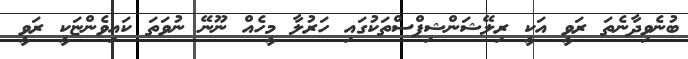
ބުނެވިދާނެތަ ރަވީ އަކީ ރިލޭޝަންޝިޕްސްތަކުގައި ހަރުލާ މީހެއް ނޫނޭ ނުވަތަ ކައިވެންޏަކީ ރަވީ